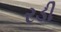
રડી